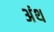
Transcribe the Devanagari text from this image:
अंथ